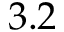
3 . 2